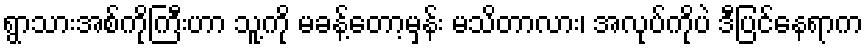
ရွာသားအစ်ကိုကြီးဟာ သူ့ကို မခန့်တော့မှန်း မသိတာလား၊ အလုပ်ကိုပဲ ဒီပြင်နေရာက